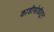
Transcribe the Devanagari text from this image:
काडीमोडीतून